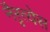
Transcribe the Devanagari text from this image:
नैरृत्येस